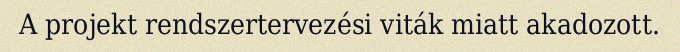
A projekt rendszertervezési viták miatt akadozott.